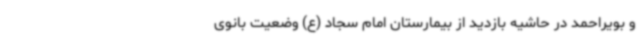
و بویراحمد در حاشیه بازدید از بیمارستان امام سجاد (ع) وضعیت بانوی